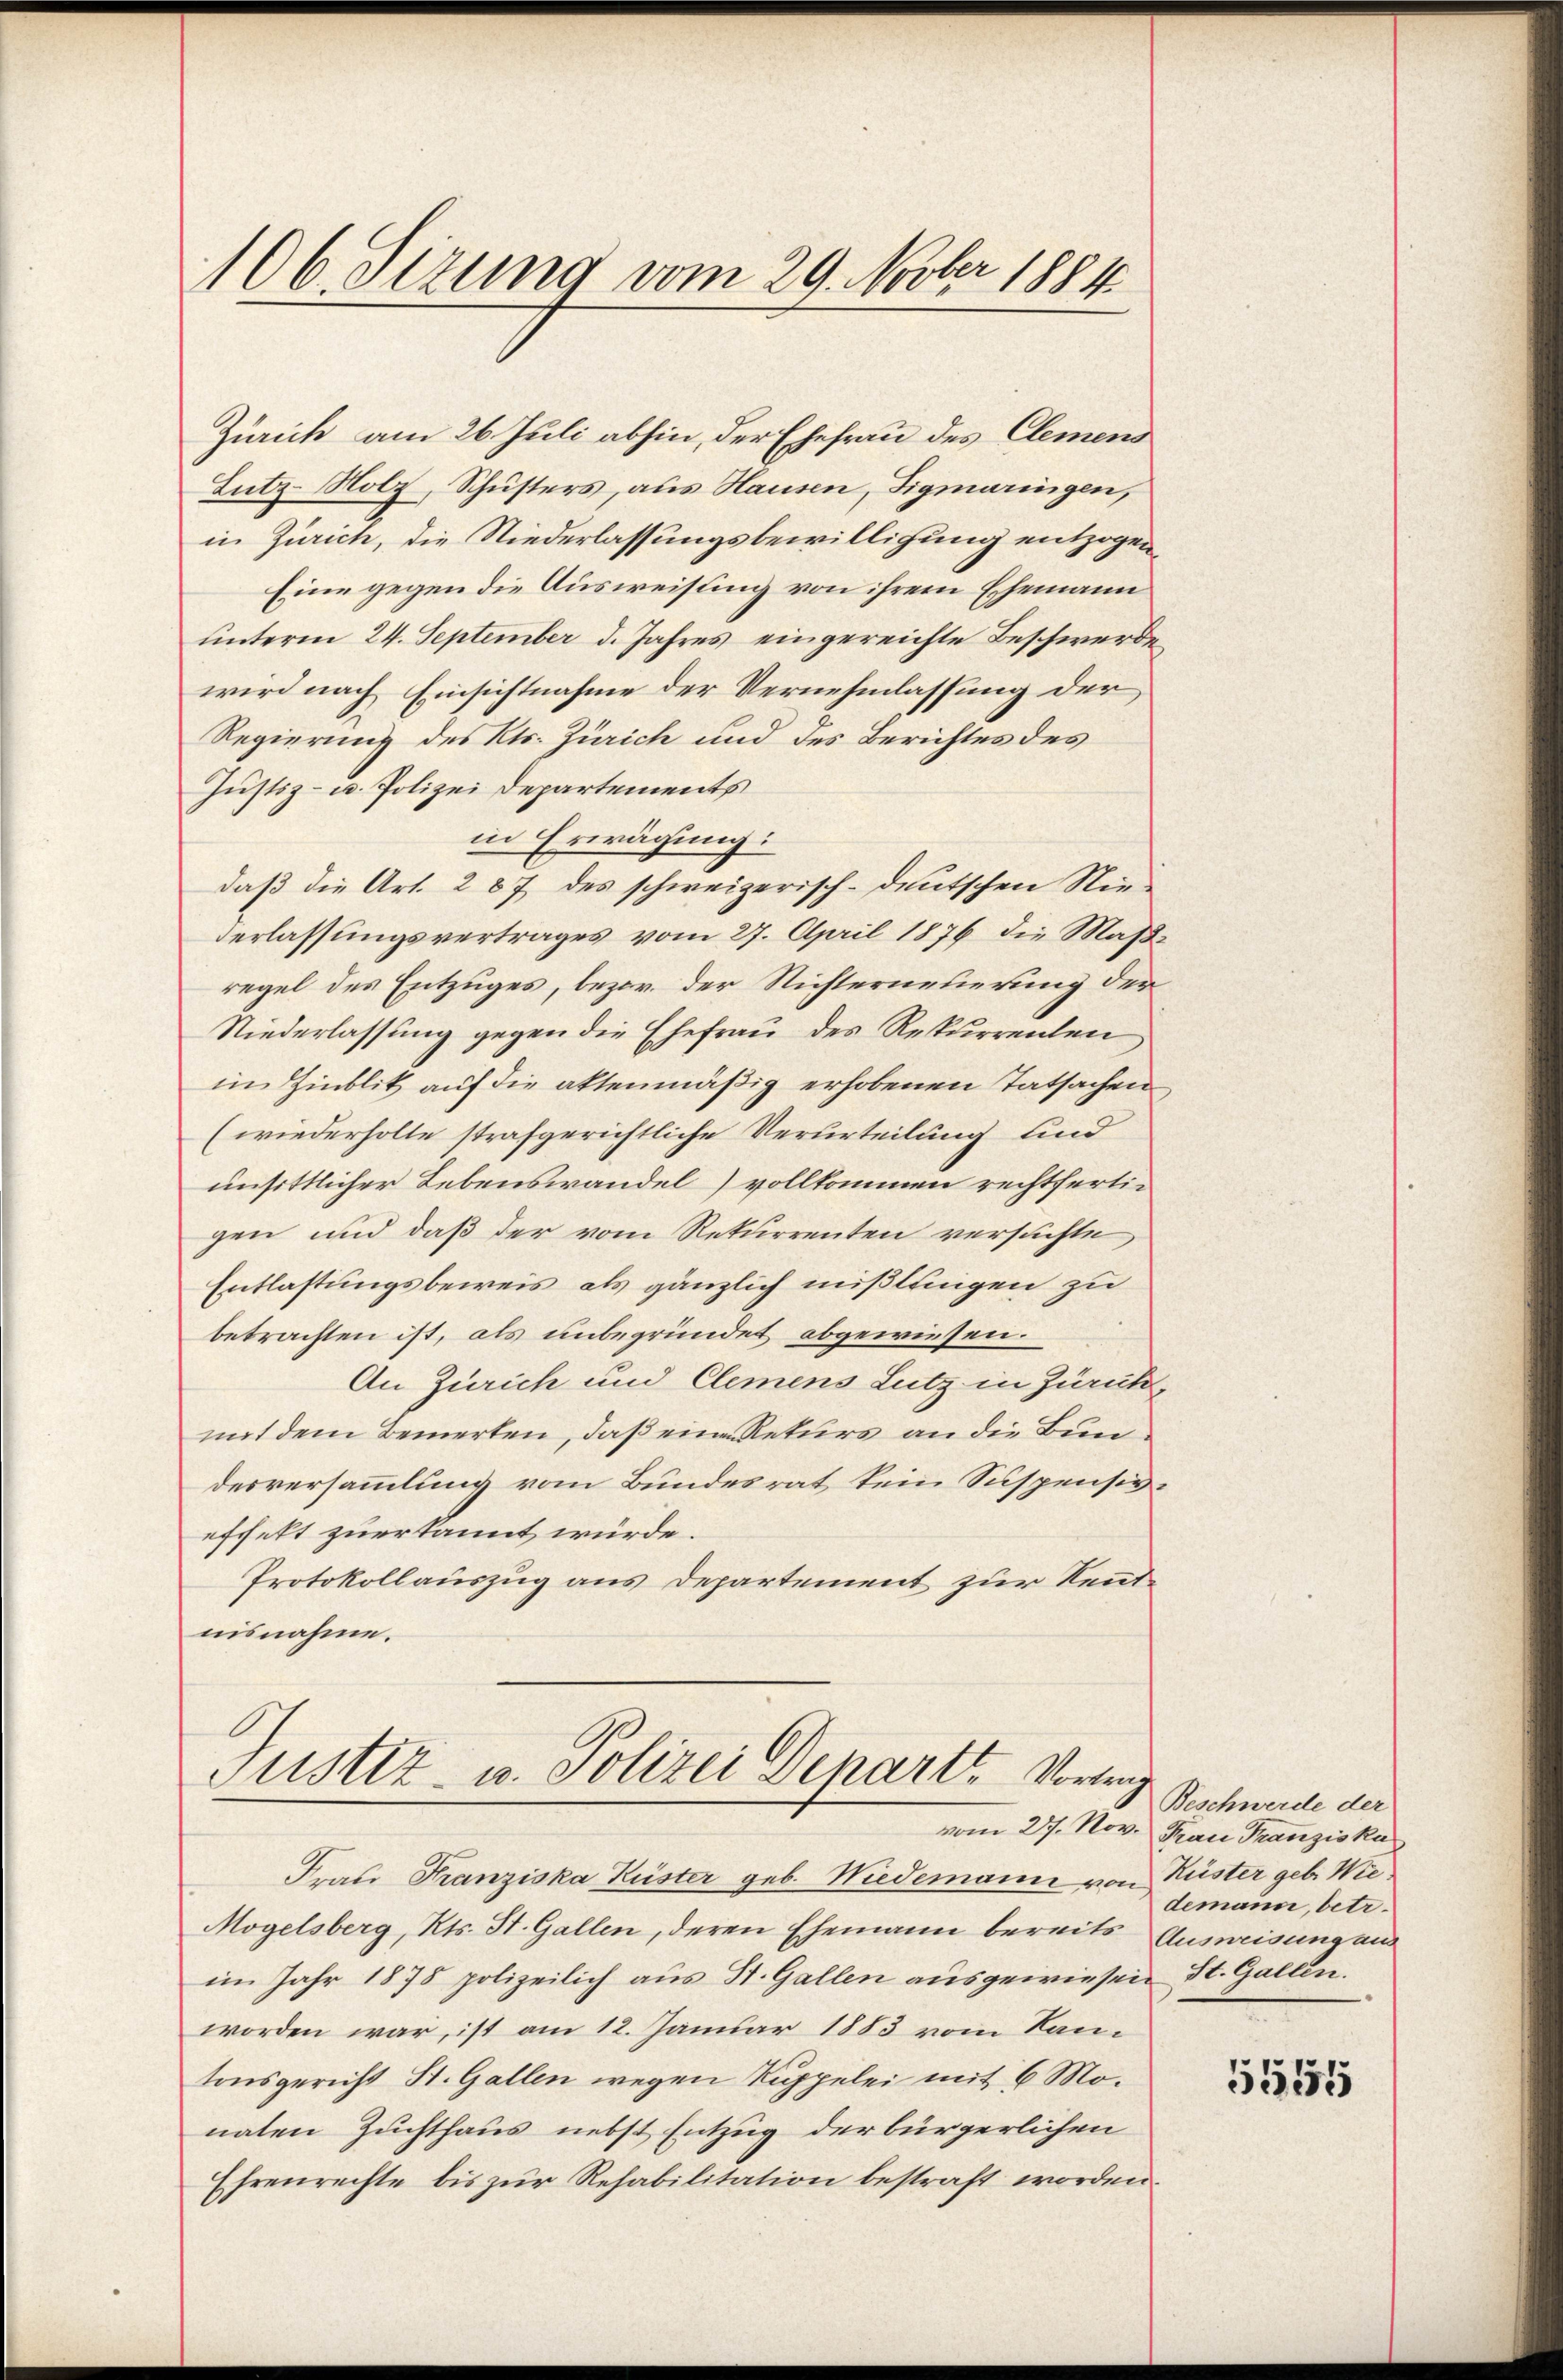
106. Sizung vom 29. Novber 1884

Zürich am 26. Juli abhin, der Ehefrau des Clemend
Lutz-Nolz, Schusters, aus Hausen, Sigmaringen,
in Zürich, die Niederlassungsbewilligung entzogen,
Eine gegen die Ausweisung von ihrem Ehemann
unterm 24. September d. Jahres eingereichte Beschwerden
wird nach Einsichtnahme der Vernehmlassung der
Regierung des Kts. Zürich und des Berichtes des
Justiz- u. Polizei Departements
in Erwägung:
daß die Art. 287 des schweizerisch-deutschen Nie¬
Verlassungsvertrages vom 27. April 1876 die Maßregel des Entzuges, bezw. der Richterneuerung der
Niederlassung gegen die Ehefrau des Rekurrenten
in Hinblik auf die aktenmäßig erhobenen Tatsachen
(wiederholte strafgerichtliche Verurteilung und
unsittlicher Lebenswandel vollkommen rechtfertigen und daß der vom Rekurrenten versuchte
Entlastungsbeweis als gänzlich mißlingen zu
betrachten ist, als unbegründet abgewiesen.
An Zürich und Clemens Lutz in Zürickmit dem Bemerken, daß eine Rekurs an die Bundesversammlung vom Bundesrat kein Suspensiveffekt zuerkannt würde.
Protokollauszug aus Departement zur Kenntnisnahme.

Justiz- u. Polizei Departe Vortrag
vom 27. Nov. Frau Franziskus

Frau Franziska Küster geb. Wiedemann von Küster geb. Wie¬
Mogelsberg, Kts. St. Gallen, deren Ehemann bereits Ausweisung aus
im Jahr 1878 polizeilich aus St. Gallen ausgewiesen St. Gallen.
worden war, ist am 12. Januar 1883 vom Kantonsgericht St. Gallen wegen Kuppelei mit 6 Monaten Zuchthaus nebst Entzug der bürgerlichen
Ehrenrechte bis zur Rehabilitation bestraft worden.

Beschwerde der
demann, betr.

5554